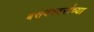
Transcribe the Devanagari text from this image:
बसवेश्वरांच्या